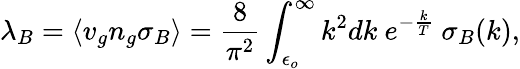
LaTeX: \lambda_{B}=\left<v_{g}n_{g}\sigma_{B}\right>={\frac{8}{\pi^{2}}}\int_{\epsilon_{o}}^{\infty}k^{2}dk\ e^{-{\frac{k}{T}}}\ \sigma_{B}(k),